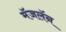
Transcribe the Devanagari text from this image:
मॅजलॅन